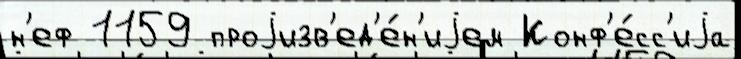
н'еф 1159 проjизв'ед'е́н'иjем Конф'е́сс'иjа